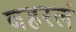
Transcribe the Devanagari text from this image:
बहरलं